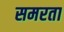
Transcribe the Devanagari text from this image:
समरता